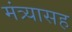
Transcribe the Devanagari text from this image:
मंत्र्यासह